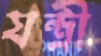
যন্ত্রী